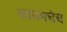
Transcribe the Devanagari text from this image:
कायमचेच